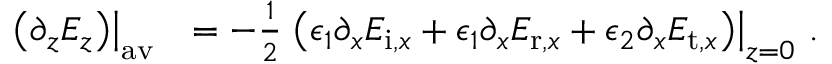
\begin{array} { r l } { \left. \left( \partial _ { z } E _ { z } \right) \right| _ { \mathrm { a v } } } & { = - \frac { 1 } { 2 } \left. \left( \epsilon _ { 1 } \partial _ { x } E _ { \mathrm { i } , x } + \epsilon _ { 1 } \partial _ { x } E _ { \mathrm { r } , x } + \epsilon _ { 2 } \partial _ { x } E _ { \mathrm { t } , x } \right) \right| _ { z = 0 } \, . } \end{array}